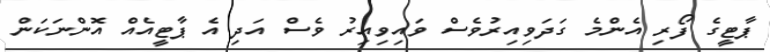
ޕާޓީގެ ފޯރި އެންމެ ގަދަވިއިރުވެސް ވައިވިއިރު ވެސް އަދި އެ ޕާޓީއެއް އޮންނަކަން